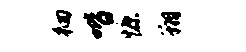
徊喈慷翔